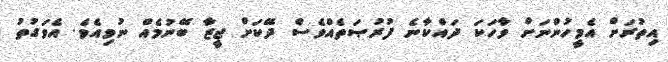
އިތުރަށް އެމީހުންނަށް ވާހަކަ ދައްކާނެ ފުރުޞަތެއްވެސް ދޭކަށް ޖީޒާ ބޭނުމެއް ނުވިއެވެ. އެވަގުތު